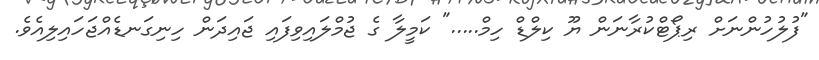
"ފުލުހުންނަށް ރިޕޯޓްކުރާނަން ޔޫ ކިލްޑް ހިމް....." ކަމީލާ ގެ ޖުމްލައިވިފައި ޖައިދަން ހިނިގަނޑެއްޖަހައިލިއެވެ.